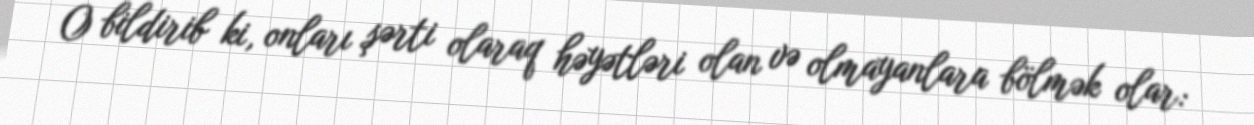
O bildirib ki, onları şərti olaraq həyətləri olan və olmayanlara bölmək olar: